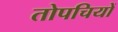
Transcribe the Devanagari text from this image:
तोपचियों